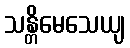
သန္တိမေသေယျ